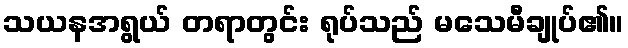
သယနအရွယ် တရာတွင်း ရုပ်သည် မသေမီချုပ်၏။